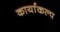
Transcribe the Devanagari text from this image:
कार्याकल्प